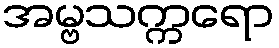
အမ္ဗသက္ကရော